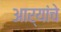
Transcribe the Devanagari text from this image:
आर्‍यांचे